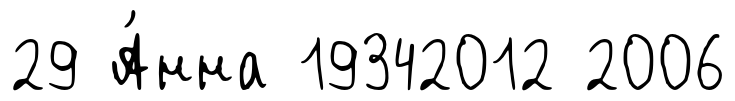
29 А́нна 19342012 2006